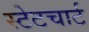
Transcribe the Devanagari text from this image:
स्टेटचार्ट